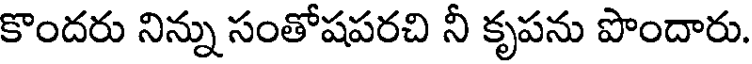
కొందరు నిన్ను సంతోషపరచి నీ కృపను పొందారు.